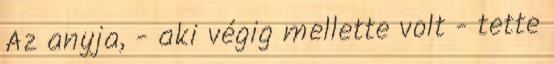
Az anyja, - aki végig mellette volt - tette